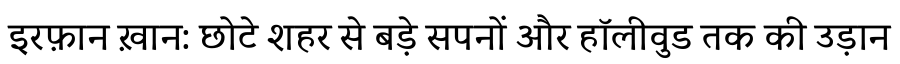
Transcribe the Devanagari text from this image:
इरफ़ान ख़ान: छोटे शहर से बड़े सपनों और हॉलीवुड तक की उड़ान